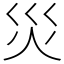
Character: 災